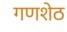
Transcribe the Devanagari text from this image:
गणशेठ